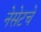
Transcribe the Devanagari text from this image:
नेसेटचे